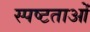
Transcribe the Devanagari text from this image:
स्पष्टताओं